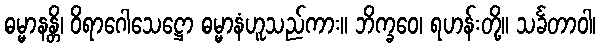
ဓမ္မာနန္တိ၊ ဝိရာဂေါသေဋ္ဌော ဓမ္မာနံဟူသည်ကား။ ဘိက္ခဝေ၊ ရဟန်းတို့။ သင်္ခတာဝါ၊